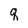
Character: q